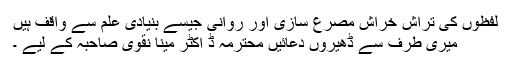
لفظوں کی تراش خراش مصرع سازی اور روانی جیسے بنیادی علم سے واقف ہیں
میری طرف سے ڈھیروں دعائیں محترمہ ڈ اکٹر مینا نقوی صاحبہ کے لیے ۔